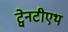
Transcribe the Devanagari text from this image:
ट्वेनटीएथ